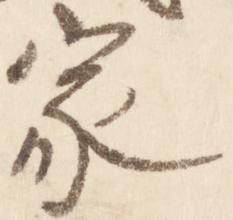
家